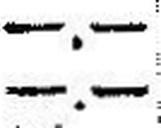
—.—